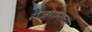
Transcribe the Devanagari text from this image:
रोजगाराचा